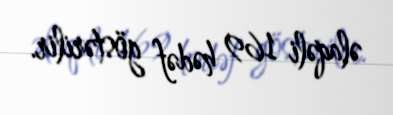
əlaqəli 169 hədəf göstərilir.